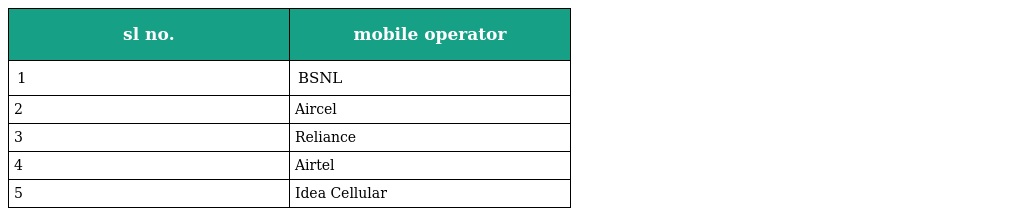
| sl no. | mobile operator |
 | --- | --- |
 | 1 | BSNL |
 | 2 | Aircel |
 | 3 | Reliance |
 | 4 | Airtel |
 | 5 | Idea Cellular |